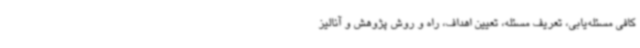
کافی مسئله‌یابی، تعریف مسئله، تعیین اهداف، راه و روش پژوهش و آنالیز